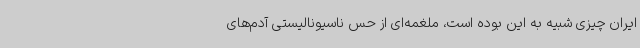
ایران چیزی شبیه به این بوده است، ملغمه‌ای از حس ناسیونالیستی آدم‌های